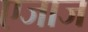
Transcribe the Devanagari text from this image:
एजाज